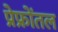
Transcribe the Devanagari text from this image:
प्रेफ्रोंतल